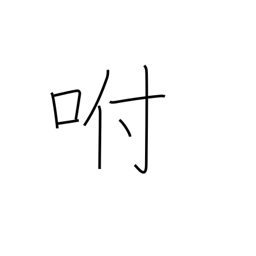
Meaning: blow